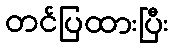
တင်ပြထားပြီး